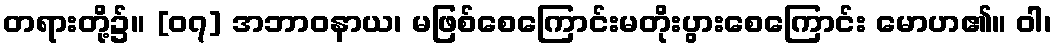
တရားတို့၌။ [၀၇] အဘာဝနာယ၊ မဖြစ်စေကြောင်းမတိုးပွားစေကြောင်း မောဟ၏။ ဝါ၊